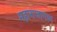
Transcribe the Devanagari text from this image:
महाराजागण